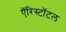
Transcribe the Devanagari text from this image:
ऍरिस्टॉटल